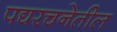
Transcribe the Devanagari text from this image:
पद्यरचनेतील